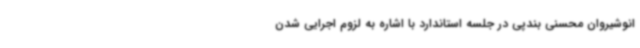
انوشیروان محسنی بندپی در جلسه استاندارد با اشاره به لزوم اجرایی شدن